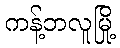
ကန့်ဘလူမြို့